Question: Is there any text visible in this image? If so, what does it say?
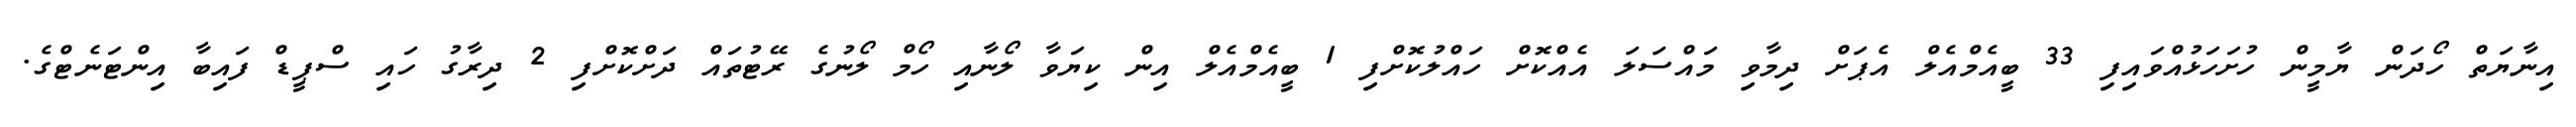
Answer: އިނާޔަތް ހޯދަން ޔާމީން ހުށަހަޅުއްވައިފި 33 ބީއެމްއެލް އެޕަށް ދިމާވި މައްސަލަ އެއްކޮށް ހައްލުކޮށްފި 1 ބީއެމްއެލް އިން ކިޔަވާ ލޯނާއި ހޯމް ލޯނުގެ ރޭޓުތައް ދަށްކޮށްފި 2 ދިރާގު ހައި ސްޕީޑް ފައިބާ އިންޓަނެޓްގެ.